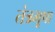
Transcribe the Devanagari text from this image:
तंत्रभूषा